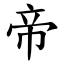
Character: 帝